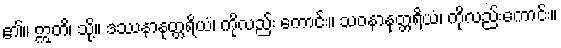
၏။ ဣတိ၊ သို့။ ဒဿနာနုတ္တရိယံ၊ ကိုလည်း ကောင်း။ သဝနာနုတ္တရိယံ၊ ကိုလည်းကောင်း။